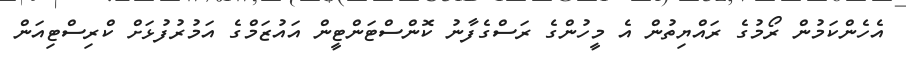
އެހެންކަމުން ރޯމުގެ ރައްޔިތުން އެ މީހުންގެ ރަސްގެފާނު ކޮންސްޓަންޓީން އައުޒަމްގެ އަމުރުފުޅަށް ކްރިސްޓިއަން